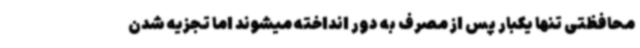
محافظتی تنها یکبار پس از مصرف به دور انداخته میشوند اما تجزیه شدن